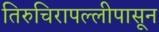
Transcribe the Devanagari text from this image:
तिरुचिरापल्लीपासून